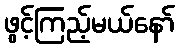
ဖွင့်ကြည့်မယ်နော်